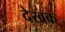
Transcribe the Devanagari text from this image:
देखक